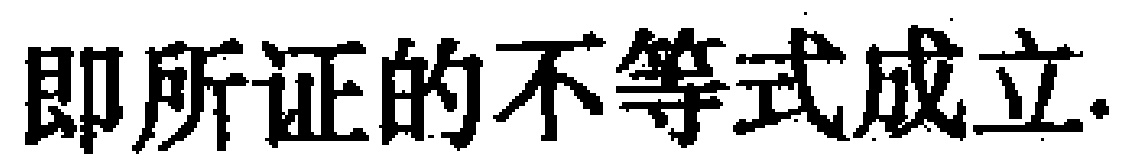
即所证的不等式成立.